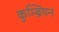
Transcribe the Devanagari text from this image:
कुम्ब्रियन